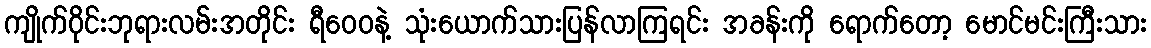
ကျိုက်ဝိုင်းဘုရားလမ်းအတိုင်း ရီဝေဝနဲ့ သုံးယောက်သားပြန်လာကြရင်း အခန်းကို ရောက်တော့ မောင်မင်းကြီးသား